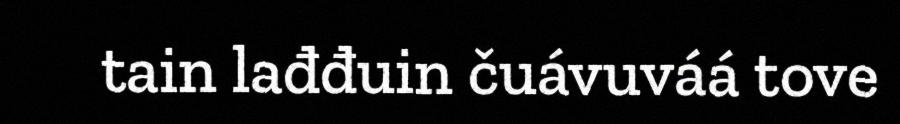
tain lađđuin čuávuváá tove